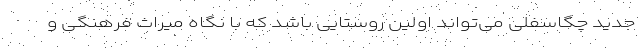
جدید چگاسفلی می‌تواند اولین روستایی باشد که با نگاه میراث فرهنگی و